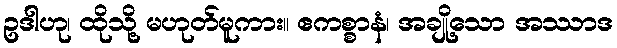
ဥဒါဟု၊ ထိုသို့ မဟုတ်မူကား။ ဧကစ္စာနံ၊ အချို့သော အဿာဒ